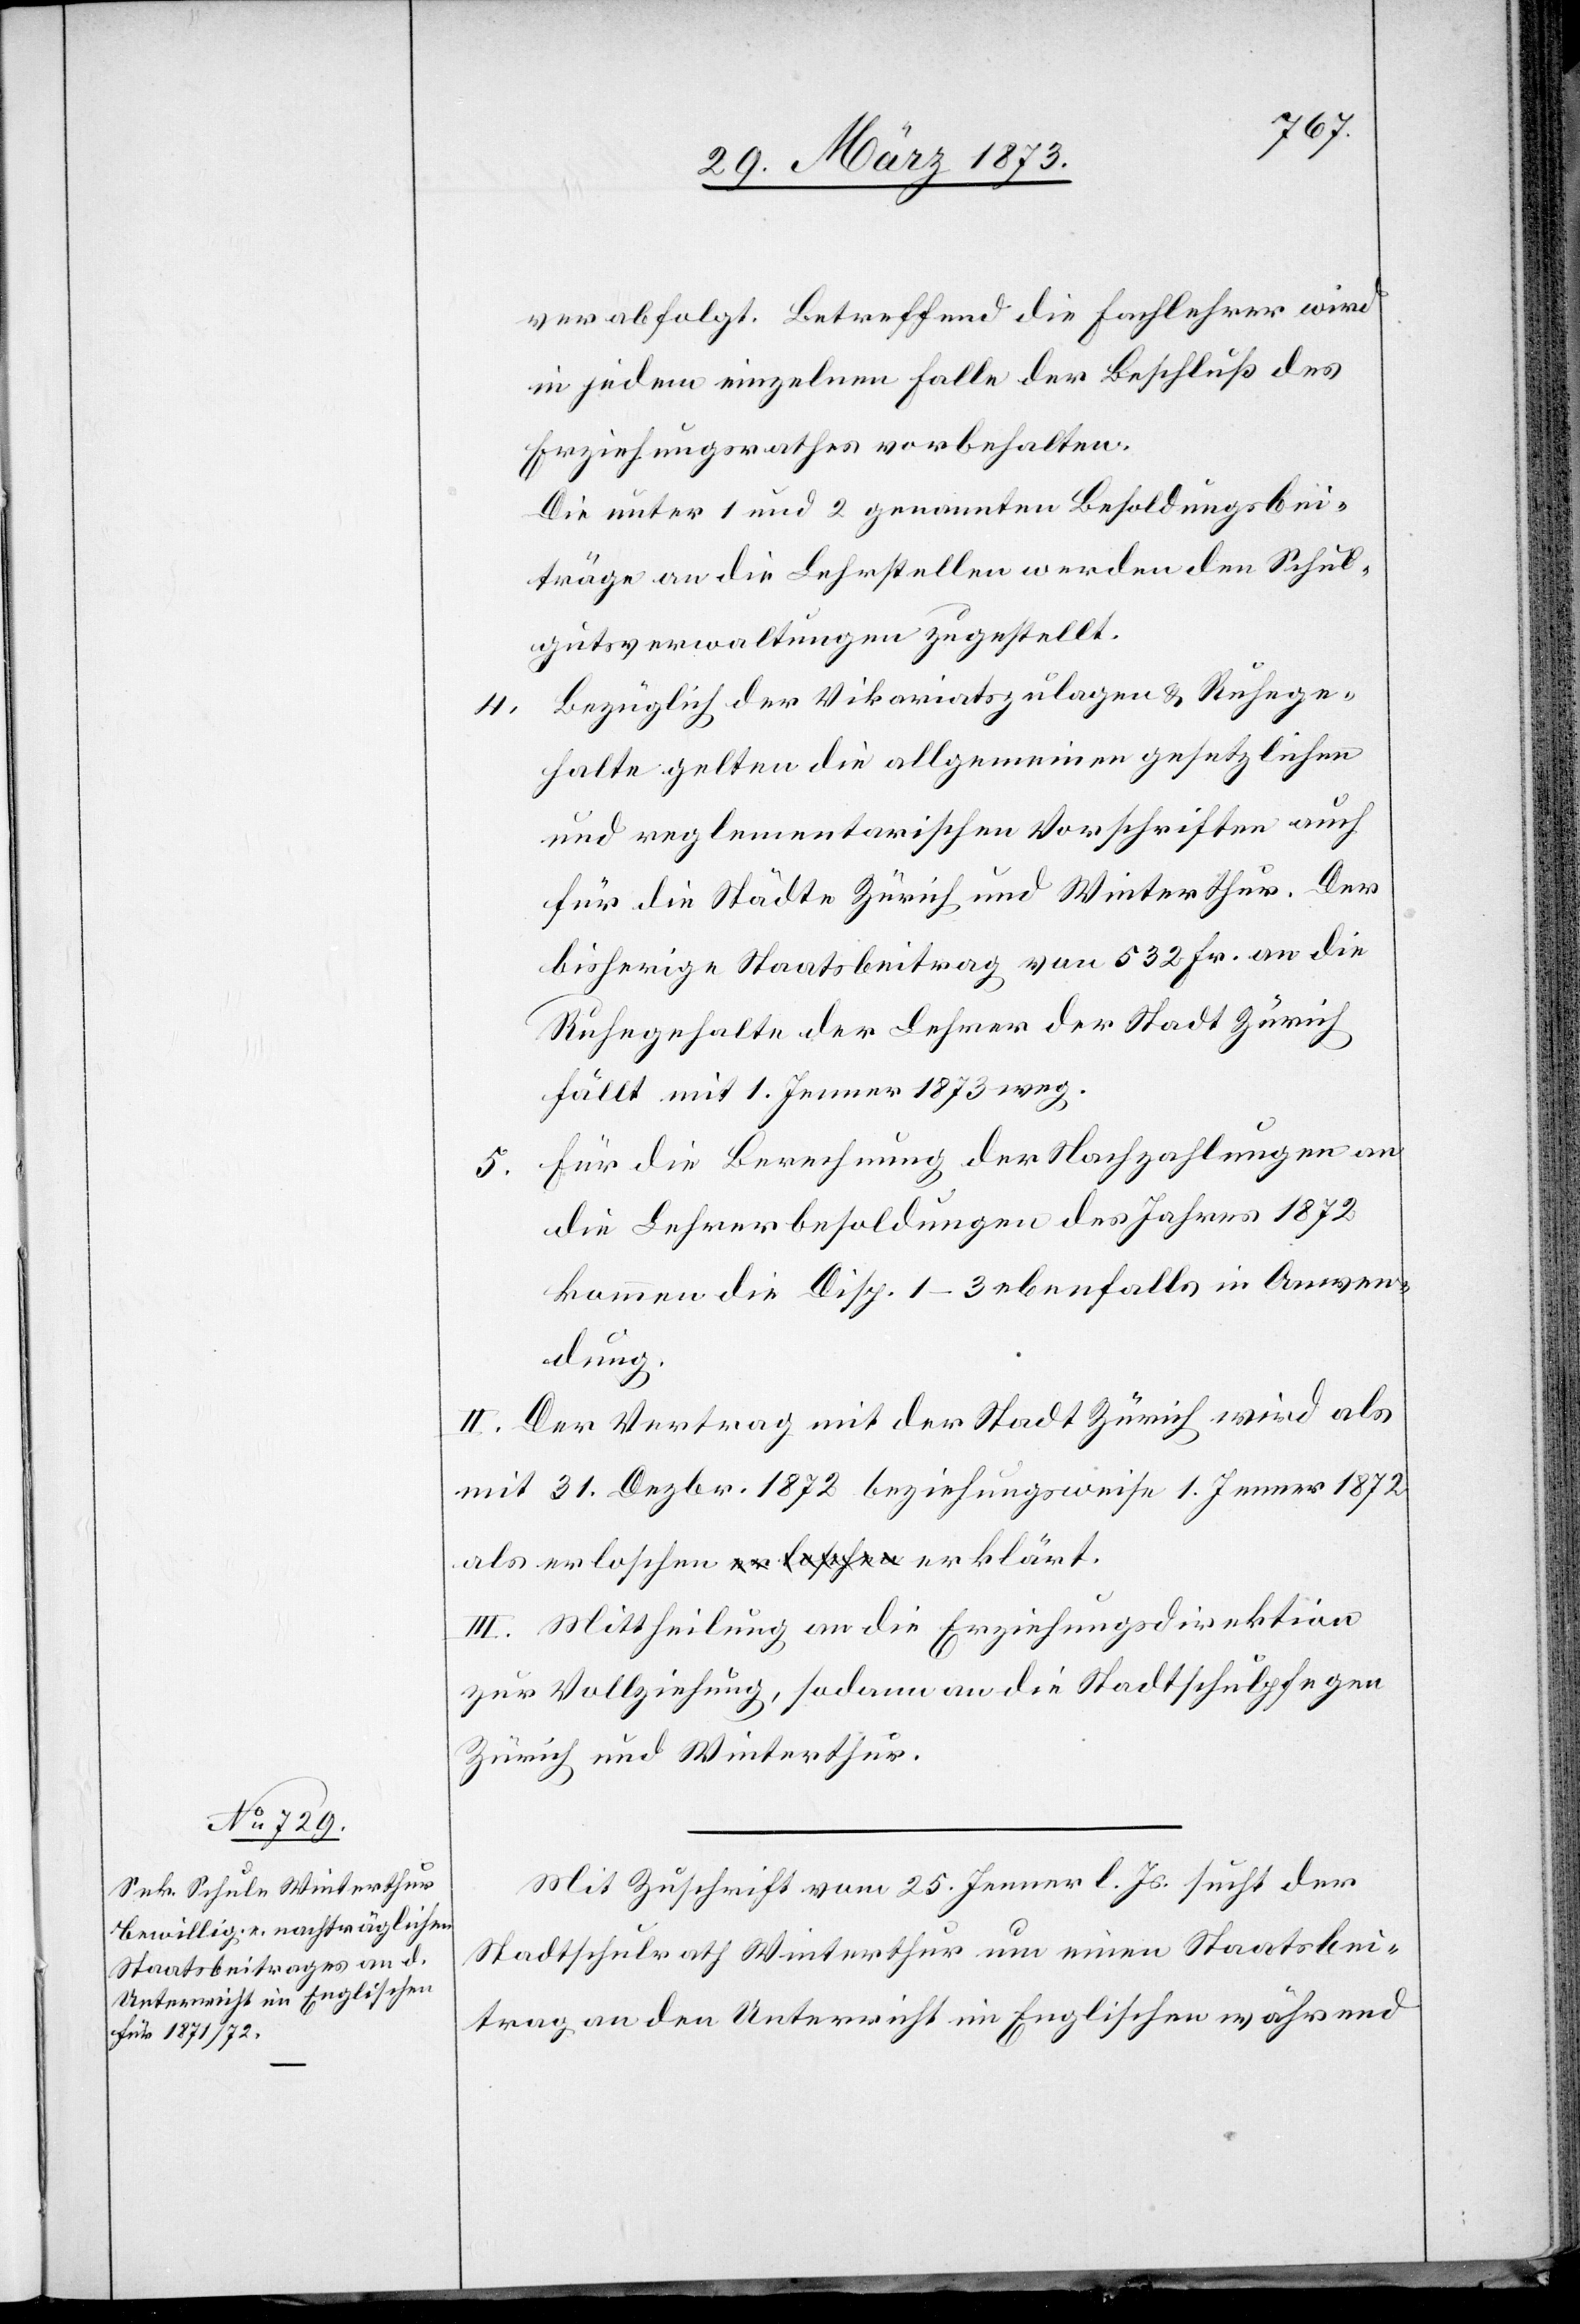
verabfolgt. Betreffend die Fachlehrer wird
in jedem einzelnen Falle der Beschluß des
Erziehungsrathes vorbehalten.
Die unter 1 und 2 genannten Besoldungsbei¬
träge an die Lehrstellen werden den Schul¬
gutsverwaltungen zugestellt.
Bezüglich der Vikariatszulagen u. Ruhege¬
4.
halte gelten die allgemeinen gesetzlichen
und reglementarischen Vorschriften auch
für die Städte Zürich und Winterthur. Der
bisherige Staatsbeitrag von 532 Fr. an die
Ruhegehalte der Lehrer der Stadt Zürich
fällt mit 1. Jenner 1873 weg.
Für die Berechnung der Nachzahlungen an
5.
die Lehrerbesoldungen des Jahres 1872
kommen die Disp. 1–3 ebenfalls in Anwen¬
dung.
II. Der Vertrag mit der Stadt Zürich wird als
mit 31. Dezbr. 1872 beziehungsweise 1. Jenner 1872
III. Mittheilung an die Erziehungsdirektion
zur Vollziehung, sodann an die Stadtschulpflegen
Zürich und Winterthur.
Mit Zuschrift vom 25. Jenner l. Js. sucht der
Stadtschulrath Winterthur um einen Staatsbei¬
trag an den Unterricht im Englischen während